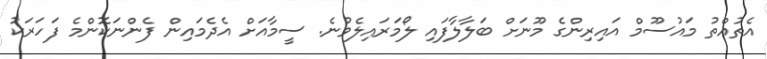
އެތުއްތު މައުސޫމް އައިރިންގެ މޫނަށް ބަލާލާފައި ލޯމަރައިލެވުނެ. ސީމާއަށް އެދެމައިން ފެންނަކޮންމެ ފަހަރަކު